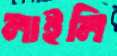
লাইলি